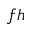
f h